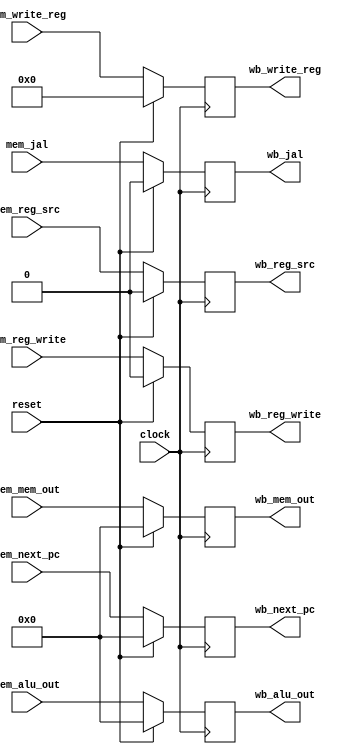
module mem_wb (clock, reset,
               mem_next_pc, mem_alu_out, mem_mem_out, mem_write_reg,
               mem_reg_src, mem_reg_write, mem_jal,
               wb_next_pc, wb_alu_out, wb_mem_out, wb_write_reg,
               wb_reg_src, wb_reg_write, wb_jal);

   input [31:0] mem_next_pc, mem_alu_out, mem_mem_out;
   input [4:0]  mem_write_reg;
   input mem_reg_src, mem_reg_write, mem_jal;
   input clock, reset;
   output reg [31:0] wb_next_pc, wb_alu_out, wb_mem_out;
   output reg [4:0]  wb_write_reg;
   output reg wb_reg_src, wb_reg_write, wb_jal;

   always @(posedge clock)
   begin
      if (reset) // reset the registers
      begin
         wb_next_pc <= 0;
         wb_alu_out <= 0;
         wb_mem_out <= 0;
         wb_write_reg <= 0;
         wb_reg_src <= 0;
         wb_reg_write <= 0;
         wb_jal <= 0;
      end
      else
      begin
         wb_next_pc <= mem_next_pc;
         wb_alu_out <= mem_alu_out;
         wb_mem_out <= mem_mem_out;
         wb_write_reg <= mem_write_reg;
         wb_reg_src <= mem_reg_src;
         wb_reg_write <= mem_reg_write;
         wb_jal <= mem_jal;
      end
   end

endmodule